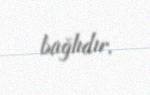
bağlıdır.